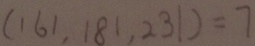
( 1 6 1 , 1 8 1 , 2 3 1 ) = 7